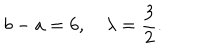
b - a = 6 , \quad \lambda = \frac { 3 } { 2 } .